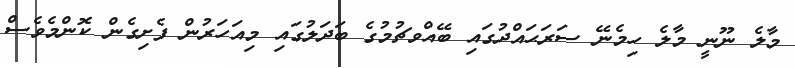
މާލެ ނޫނީ މާލެ ހިމެނޭ ސަރަޙައްދުގައި ބޭއްވޗުމުގެ ބަދަލުގައި މިއަހަރުން ފެށިގެން ކޮންމެވެސް